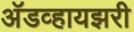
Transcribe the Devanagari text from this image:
अॅडव्हायझरी